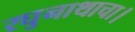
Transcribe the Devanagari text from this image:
रघुनाथाचा।